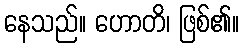
နေသည်။ ဟောတိ၊ ဖြစ်၏။